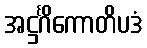
အဋ္ဌင်္ဂိကောတိပဒံ